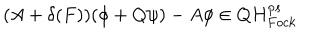
( A + \delta ( F ) ) ( \phi + Q \psi ) - A \phi \in Q H _ { F o c k } ^ { p s }